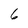
Character: 6